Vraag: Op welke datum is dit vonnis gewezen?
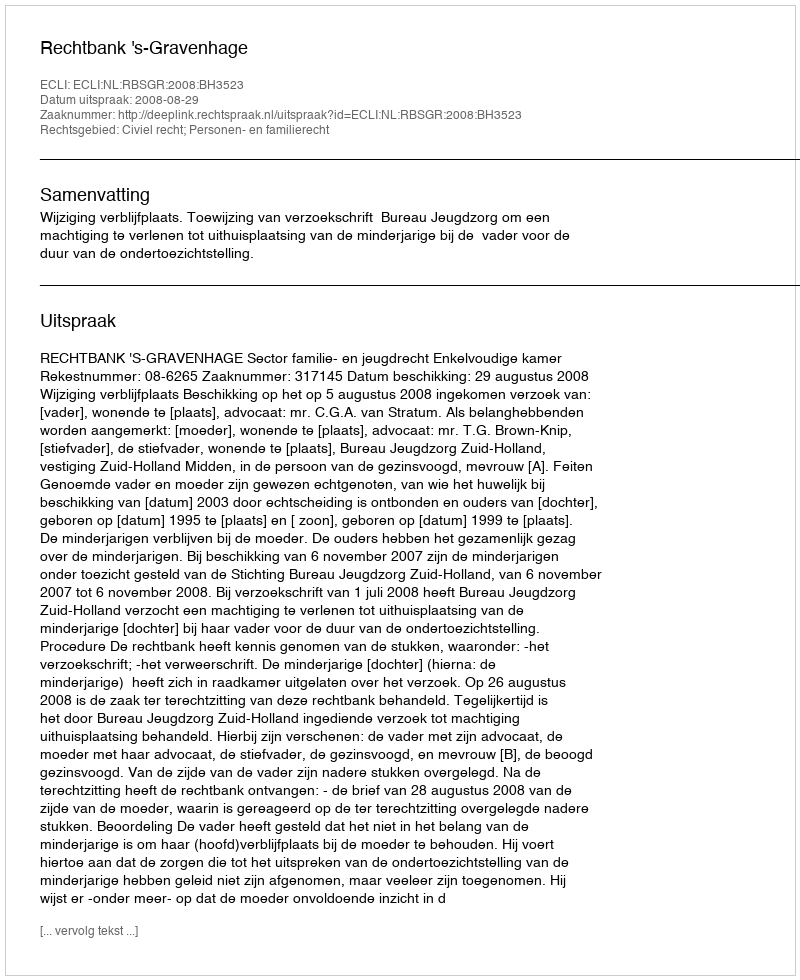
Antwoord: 2008-08-29